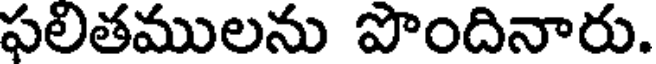
ఫలితములను పొందినారు.